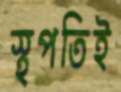
স্থপতিই